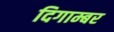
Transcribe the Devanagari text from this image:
दिगाम्बर